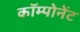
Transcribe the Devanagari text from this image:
कॉम्पोनेंट